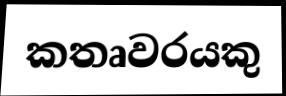
කතෘවරයකු